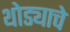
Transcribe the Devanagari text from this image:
थोड्याचे